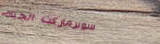
سوبرماركت الحياة